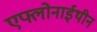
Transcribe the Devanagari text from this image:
एफ्लोनाईथीन